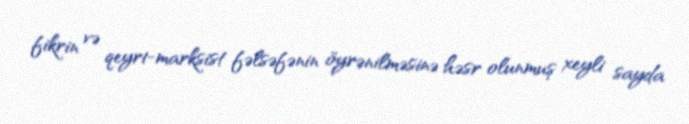
fikrin və qeyri-marksist fəlsəfənin öyrənilməsinə həsr olunmuş xeyli sayda